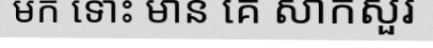
មក ទោះ មាន គេ សាកសួរ